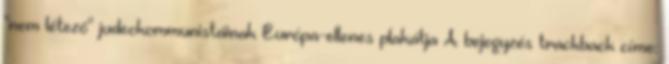
"nem létező" judeokommunistáinak Európa-ellenes plakátja A bejegyzés trackback címe: